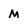
Character: M